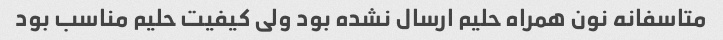
متاسفانه نون همراه حلیم ارسال نشده بود ولی کیفیت حلیم مناسب بود